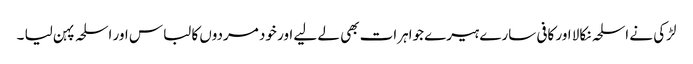
لڑکی نے اسلحہ نکالا اور کافی سارے ہیرے جواہرات بھی لے لیے اور خود مردوں کا لباس اور اسلحہ پہن لیا ۔